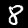
Digit: 8